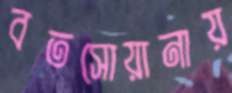
বতসোয়ানায়